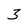
Character: 3